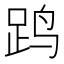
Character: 𲃜